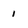
Character: 1